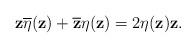
LaTeX: \begin{align*}\mathbf{z} \overline{\eta}(\mathbf{z})+ \overline{\mathbf{z}} \eta(\mathbf{z})=2\eta(\mathbf{z}) \mathbf{z}. \end{align*}